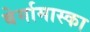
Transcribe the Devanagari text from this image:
बेर्गामास्का